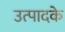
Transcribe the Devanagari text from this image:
उत्पादके